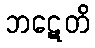
ဘဋေတိ